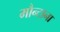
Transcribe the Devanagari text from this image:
मौन्टाना